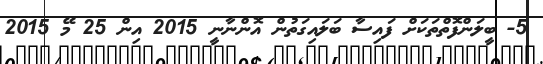
5- ބީލަންފޮތްތަކަށް ފައިސާ ބަލައިގަތުން އޮންނާނީ 2015 އިން 25 މޭ 2015